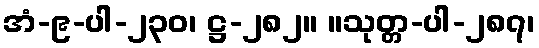
အံ-၉-ပါ-၂၃၀၊ ဋ္ဌ-၂၈၂။ ။သုတ္တ-ပါ-၂၈၇၊